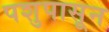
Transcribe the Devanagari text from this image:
पशुपासून